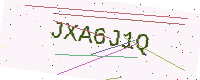
Text: JXA6J1Q